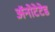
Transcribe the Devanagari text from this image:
ॲनोटेटेड